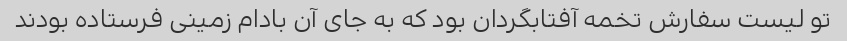
تو لیست سفارش تخمه آفتابگردان بود که به جای آن بادام زمینی فرستاده بودند